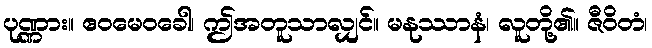
ပုဏ္ဏား။ ဧဝမေဝခေါ၊ ဤအတူသာလျှင်။ မနုဿာနံ၊ လူတို့၏။ ဇီဝိတံ၊